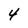
Character: 4